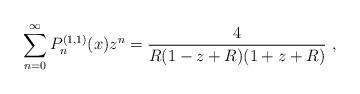
LaTeX: \begin{align*}\sum_{n=0}^{\infty} P_{n}^{(1,1)}(x)z^n = \frac{4}{R(1-z+R)(1+z+R)}\ ,\end{align*}